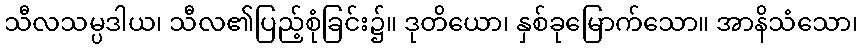
သီလသမ္ပဒါယ၊ သီလ၏ပြည့်စုံခြင်း၌။ ဒုတိယော၊ နှစ်ခုမြောက်သော။ အာနိသံသော၊